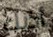
أذنك